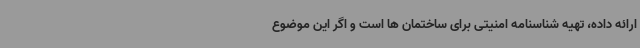
ارائه داده، تهیه شناسنامه امنیتی برای ساختمان ها است و اگر این موضوع